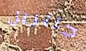
جابريل